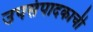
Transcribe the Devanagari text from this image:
उपसंपादकाची